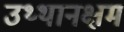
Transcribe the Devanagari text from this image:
उथ्थानक्षम